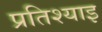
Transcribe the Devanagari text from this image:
प्रतिश्याइ